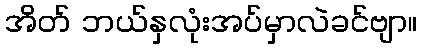
အိတ် ဘယ်နှလုံးအပ်မှာလဲခင်ဗျာ။